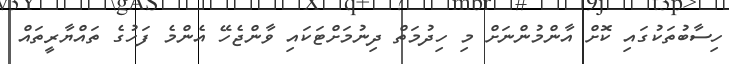
ހިސާބުތަކުގައި ކޮށް އާންމުންނަށް މި ހިދުމަތް ދިނުމަށްޓަކައި ވާންޖެހޭ އެންމެ ފަހުގެ ތައްޔާރީތައް